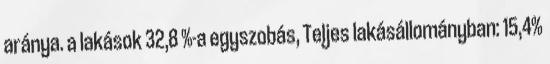
aránya. a lakások 32,8 %-a egyszobás, Teljes lakásállományban: 15,4%